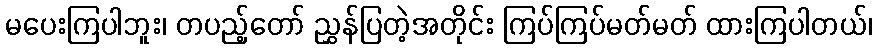
မပေးကြပါဘူး၊ တပည့်တော် ညွှန်ပြတဲ့အတိုင်း ကြပ်ကြပ်မတ်မတ် ထားကြပါတယ်၊